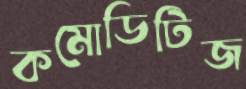
কমোডিটিজ